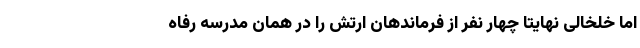
اما خلخالی نهایتا چهار نفر از فرماندهان ارتش را در همان مدرسه رفاه